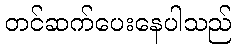
တင်ဆက်ပေးနေပါသည်